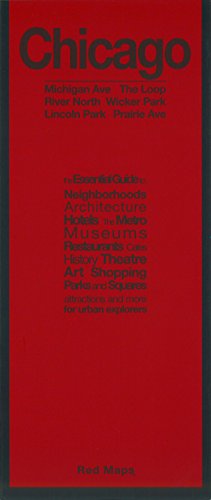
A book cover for Chicago; Red Maps (Firm); Travel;